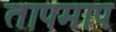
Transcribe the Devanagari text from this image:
तापमाप